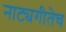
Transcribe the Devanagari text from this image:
नाट्यगीतेच